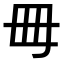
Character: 𣫬